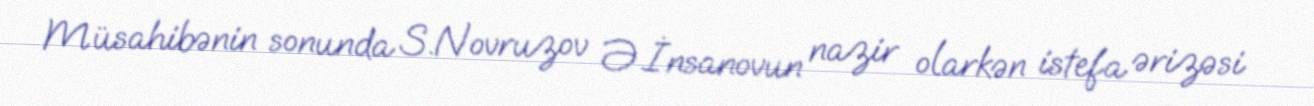
Müsahibənin sonunda S.Novruzov Ə.İnsanovun nazir olarkən istefa ərizəsi